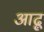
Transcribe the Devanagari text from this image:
आढ़ू